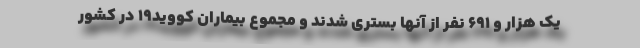
یک هزار و ۶۹۱ نفر از آنها بستری شدند و مجموع بیماران کووید۱۹ در کشور